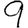
Digit: 9